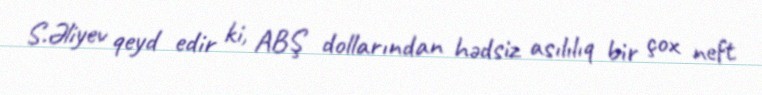
S.Əliyev qeyd edir ki, ABŞ dollarından hədsiz asılılıq bir çox neft